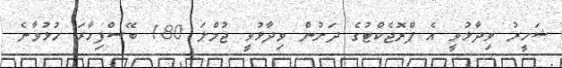
ޝަހީރު ވިދާޅުވީ އެ ޕްރޮޖެކްޓުގެ ދަށުން ވިދާޅުވީ ޖުމްލަ 180 ބޭސްފިހާރަ ހުޅުވާނެ